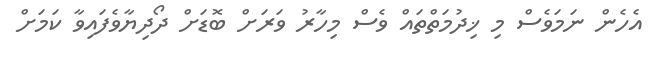
އެހެން ނަމަވެސް މި ޚިދުމަތްތައް ވެސް މިހާރު ވަރަށް ބޮޑަށް ދޯދިޔާވެފައިވާ ކަމަށް